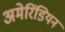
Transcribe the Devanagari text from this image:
अमेरिंडियन